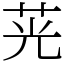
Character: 茪